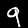
Label: 9